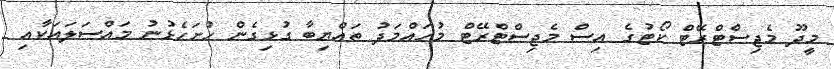
މީދޫ މެޖިސްޓްރޭޓް ކޯޓުގެ އިސް މެޖިސްޓްރޭޓް މުހައްމަދު ޠައްޔިބާ ގުޅިގެން ހުށަހެޅުނު މައްސަލައަކާއި